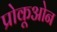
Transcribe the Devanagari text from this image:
प्रोकूओन